Scottish Leaving Certificate Examination, 1953
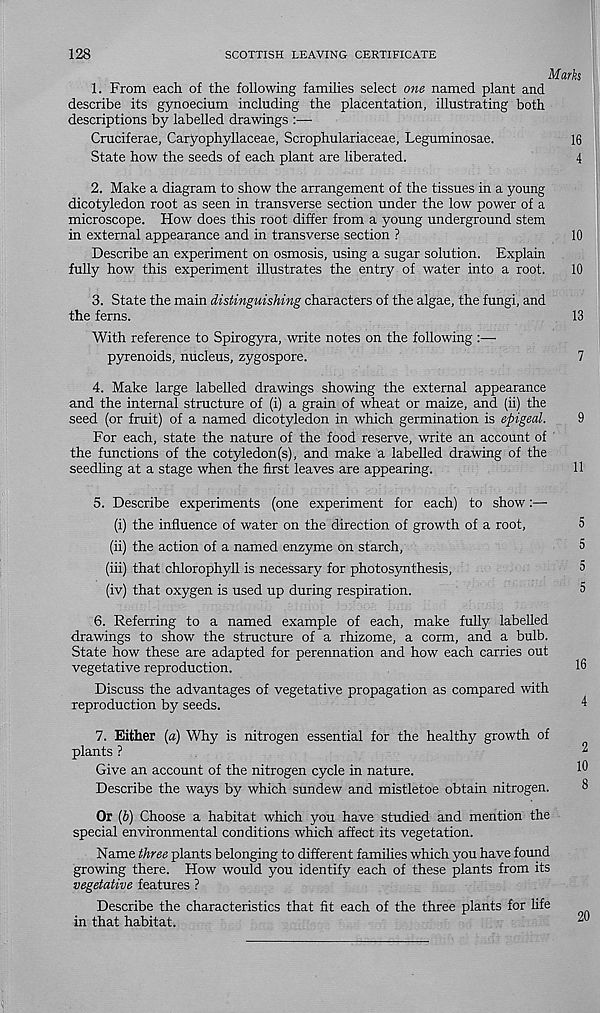
128
SCOTTISH LEAVING CERTIFICATE
Marks
1. From each of the following families select one named plant and
describe its gynoecium including the placentation, illustrating both
descriptions by labelled drawings :—■
Cruciferae, Caryophyllaceae, Scrophulariaceae, Leguminosae.
16
State how the seeds of each plant are liberated.
4
2. Make a diagram to show the arrangement of the tissues in a young
dicotyledon root as seen in transverse section under the low power of a
microscope. How does this root differ from a young underground stem
in external appearance and in transverse section ?
10
Describe an experiment on osmosis, using a sugar solution. Explain
fully how this experiment illustrates the entry of water into a root.
10
3. State the main distinguishing characters of the algae, the fungi, and
the ferns.
13
With reference to Spirogyra, write notes on the following :—
pyrenoids, nucleus, zygospore.
7
4. Make large labelled drawings showing the external appearance
and the internal structure of (i) a grain of wheat or maize, and (ii) the
seed (or fruit) of a named dicotyledon in which germination is epigeal.
9
For each, state the nature of the food reserve, write an account of
the functions of the cotyledon(s), and make a labelled drawing of the
seedling at a stage when the first leaves are appearing.
11
5. Describe experiments (one experiment for each) to show:—
(i) the influence of water on the direction of growth of a root,
5
(ii) the action of a named enzyme on starch,
5
(hi) that chlorophyll is necessary for photosynthesis,
5
(iv) that oxygen is used up during respiration.
5
6. Referring to a named example of each, make fully labelled
drawings to show the structure of a rhizome, a corm, and a bulb.
State how these are adapted for perennation and how each carries out
vegetative reproduction.
Discuss the advantages of vegetative propagation as compared with
reproduction by seeds.
7. Either (a) Why is nitrogen essential for the healthy growth of
plants ?
Give an account of the nitrogen cycle in nature.
Describe the ways by which sundew and mistletoe obtain nitrogen.
Or (b) Choose a habitat which you have studied and mention the
special environmental conditions which affect its vegetation.
Name three plants belonging to different famihes which you have found
growing there. How would you identify each of these plants from its
vegetative features ?
Describe the characteristics that fit each of the three plants for life
in that habitat.